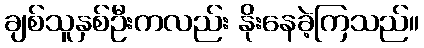
ချစ်သူနှစ်ဦးကလည်း နိုးနေခဲ့ကြသည်။